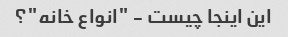
این اینجا چیست - "انواع خانه"؟